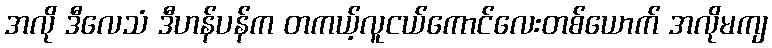
အလို ဒီလေသံ ဒီဟန်ပန်က တကယ့်လူငယ်ကောင်လေးတစ်ယောက် အလိုမကျ